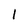
Character: 1